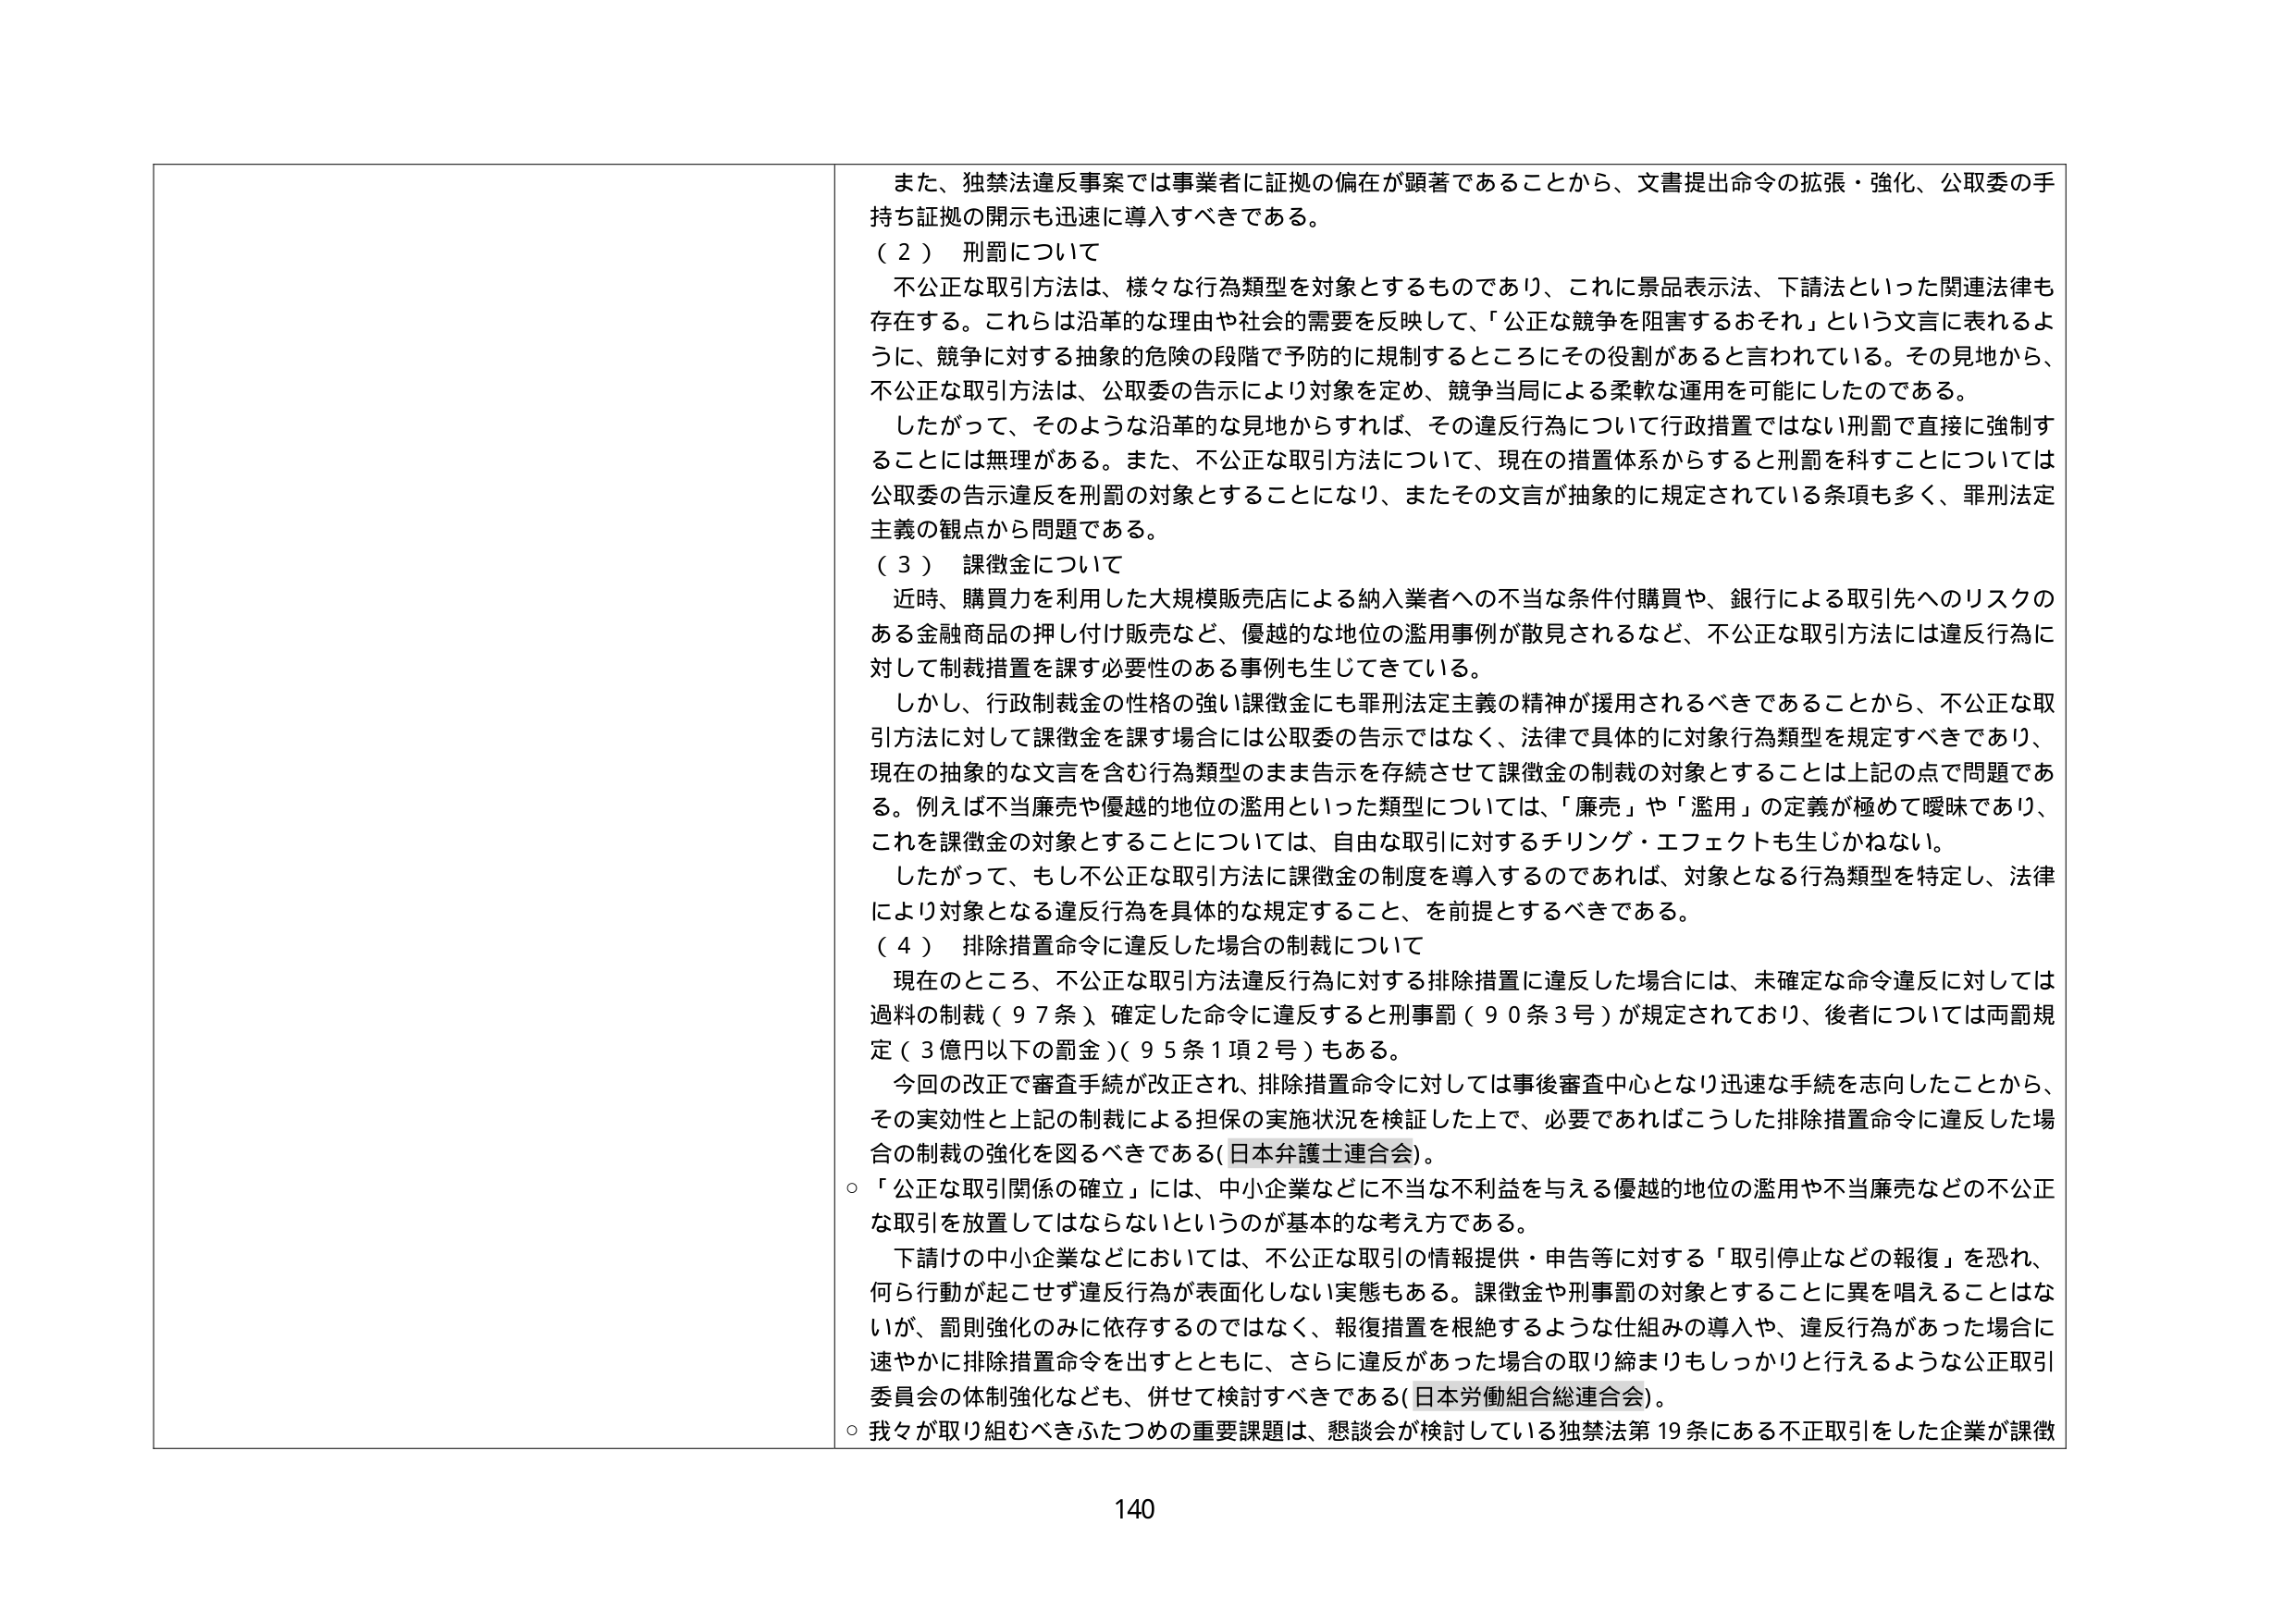
また、独禁法違反事案では事業者に証拠の偏在が顕著であることから、文書提出命令の拡張・強化、公取委の手持ち証拠の開示も迅速に導入すべきである。

（２）刑罰について
不公正な取引方法は、様々な行為類型を対象とするものであり、これに景品表示法、下請法といった関連法律も存在する。これらは沿革的な理由や社会的需要を反映して、「公正な競争を阻害するおそれ」という文言に表れるように、競争に対する抽象的危険の段階で予防的に規制するところにその役割があると言われている。その見地から、不公正な取引方法は、公取委の告示により対象を定め、競争当局による柔軟な運用を可能にしたのである。
したがって、そのような沿革的な見地からすれば、その違反行為について行政措置ではない刑罰で直接に強制することには無理がある。また、不公正な取引方法について、現在の措置体系からすると刑罰を科すことについては公取委の告示違反を刑罰の対象とすることになり、またその文言が抽象的に規定されている条項も多く、罪刑法定主義の観点から問題である。

（３）課徴金について
近時、購買力を利用した大規模販売店による納入業者への不当な条件付購買や、銀行による取引先へのリスクのある金融商品の押し付け販売など、優越的な地位の濫用事例が散見されるなど、不公正な取引方法には違反行為に対して制裁措置を課す必要性のある事例も生じてきている。
しかし、行政制裁金の性格の強い課徴金にも罪刑法定主義の精神が援用されるべきであることから、不公正な取引方法に対して課徴金を課す場合には公取委の告示ではなく、法律で具体的に対象行為類型を規定すべきであり、現在の抽象的な文言を含む行為類型のまま告示を存続させて課徴金の制裁の対象とすることは上記の点で問題である。例えば不当廉売や優越的地位の濫用といった類型については、「廉売」や「濫用」の定義が極めて曖昧であり、これを課徴金の対象とすることについては、自由な取引に対するチリング・エフェクトも生じかねない。
したがって、もし不公正な取引方法に課徴金の制度を導入するのであれば、対象となる行為類型を特定し、法律により対象となる違反行為を具体的な規定すること、を前提とするべきである。

（４）排除措置命令に違反した場合の制裁について
現在のところ、不公正な取引方法違反行為に対する排除措置に違反した場合には、未確定な命令違反に対しては過料の制裁（９７条）、確定した命令に違反すると刑事罰（９０条３号）が規定されており、後者については両罰規定（３億円以下の罰金）（９５条１項２号）もある。
今回の改正で審査手続が改正され、排除措置命令に対しては事後審査中心となり迅速な手続を志向したことから、その実効性と上記の制裁による担保の実施状況を検証した上で、必要であればこうした排除措置命令に違反した場合の制裁の強化を図るべきである（日本弁護士連合会）。

○「公正な取引関係の確立」には、中小企業などに不当な不利益を与える優越的地位の濫用や不当廉売などの不公正な取引を放置してはならないというのが基本的な考え方である。
下請けの中小企業などにおいては、不公正な取引の情報提供・申告等に対する「取引停止などの報復」を恐れ、何ら行動が起こせず違反行為が表面化しない実態もある。課徴金や刑事罰の対象とすることに異を唱えることはないが、罰則強化のみに依存するのではなく、報復措置を根絶するような仕組みの導入や、違反行為があった場合に速やかに排除措置命令を出すとともに、さらに違反があった場合の取り締まりもしっかり行えるような公正取引委員会の体制強化なども、併せて検討すべきである（日本労働組合総連合会）。

○我々が取り組むべきふたつめの重要課題は、懇談会が検討している独禁法第19条にある不正取引をした企業が課徴

140